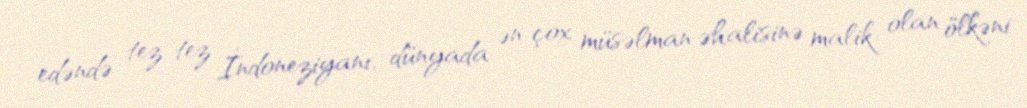
edəndə tez-tez İndoneziyanı, dünyada ən çox müsəlman əhalisinə malik olan ölkəni